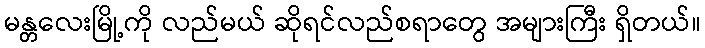
မန္တလေးမြို့ကို လည်မယ် ဆိုရင်လည်စရာတွေ အများကြီး ရှိတယ်။